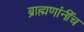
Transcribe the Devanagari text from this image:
ब्राह्मणांनींच